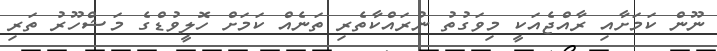
ނޫން ކަމަށާއި ރާއްޖެއަކީ މިވަގުތު ނުރައްކާތެރި ތަނެއް ކަމަށް ހޮލީވުޑްގެ މަޝްހޫރު ތަރި